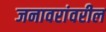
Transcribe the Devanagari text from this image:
जनावरांवरील